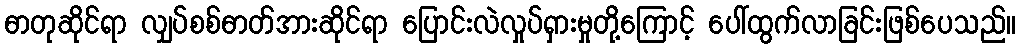
ဓာတုဆိုင်ရာ လျှပ်စစ်ဓာတ်အားဆိုင်ရာ ပြောင်းလဲလှုပ်ရှားမှုတို့ကြောင့် ပေါ်ထွက်လာခြင်းဖြစ်ပေသည်။